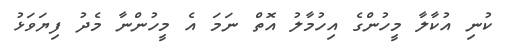
ކުނި އުކާލާ މީހުންގެ އިހުމާލު އޮތް ނަމަ އެ މީހުންނާ މެދު ފިޔަވަޅު